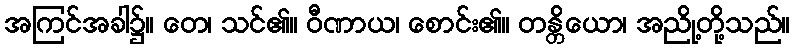
အကြင်အခါ၌။ တေ၊ သင်၏။ ဝီဏာယ၊ စောင်း၏။ တန္တိယော၊ အညို့တို့သည်။